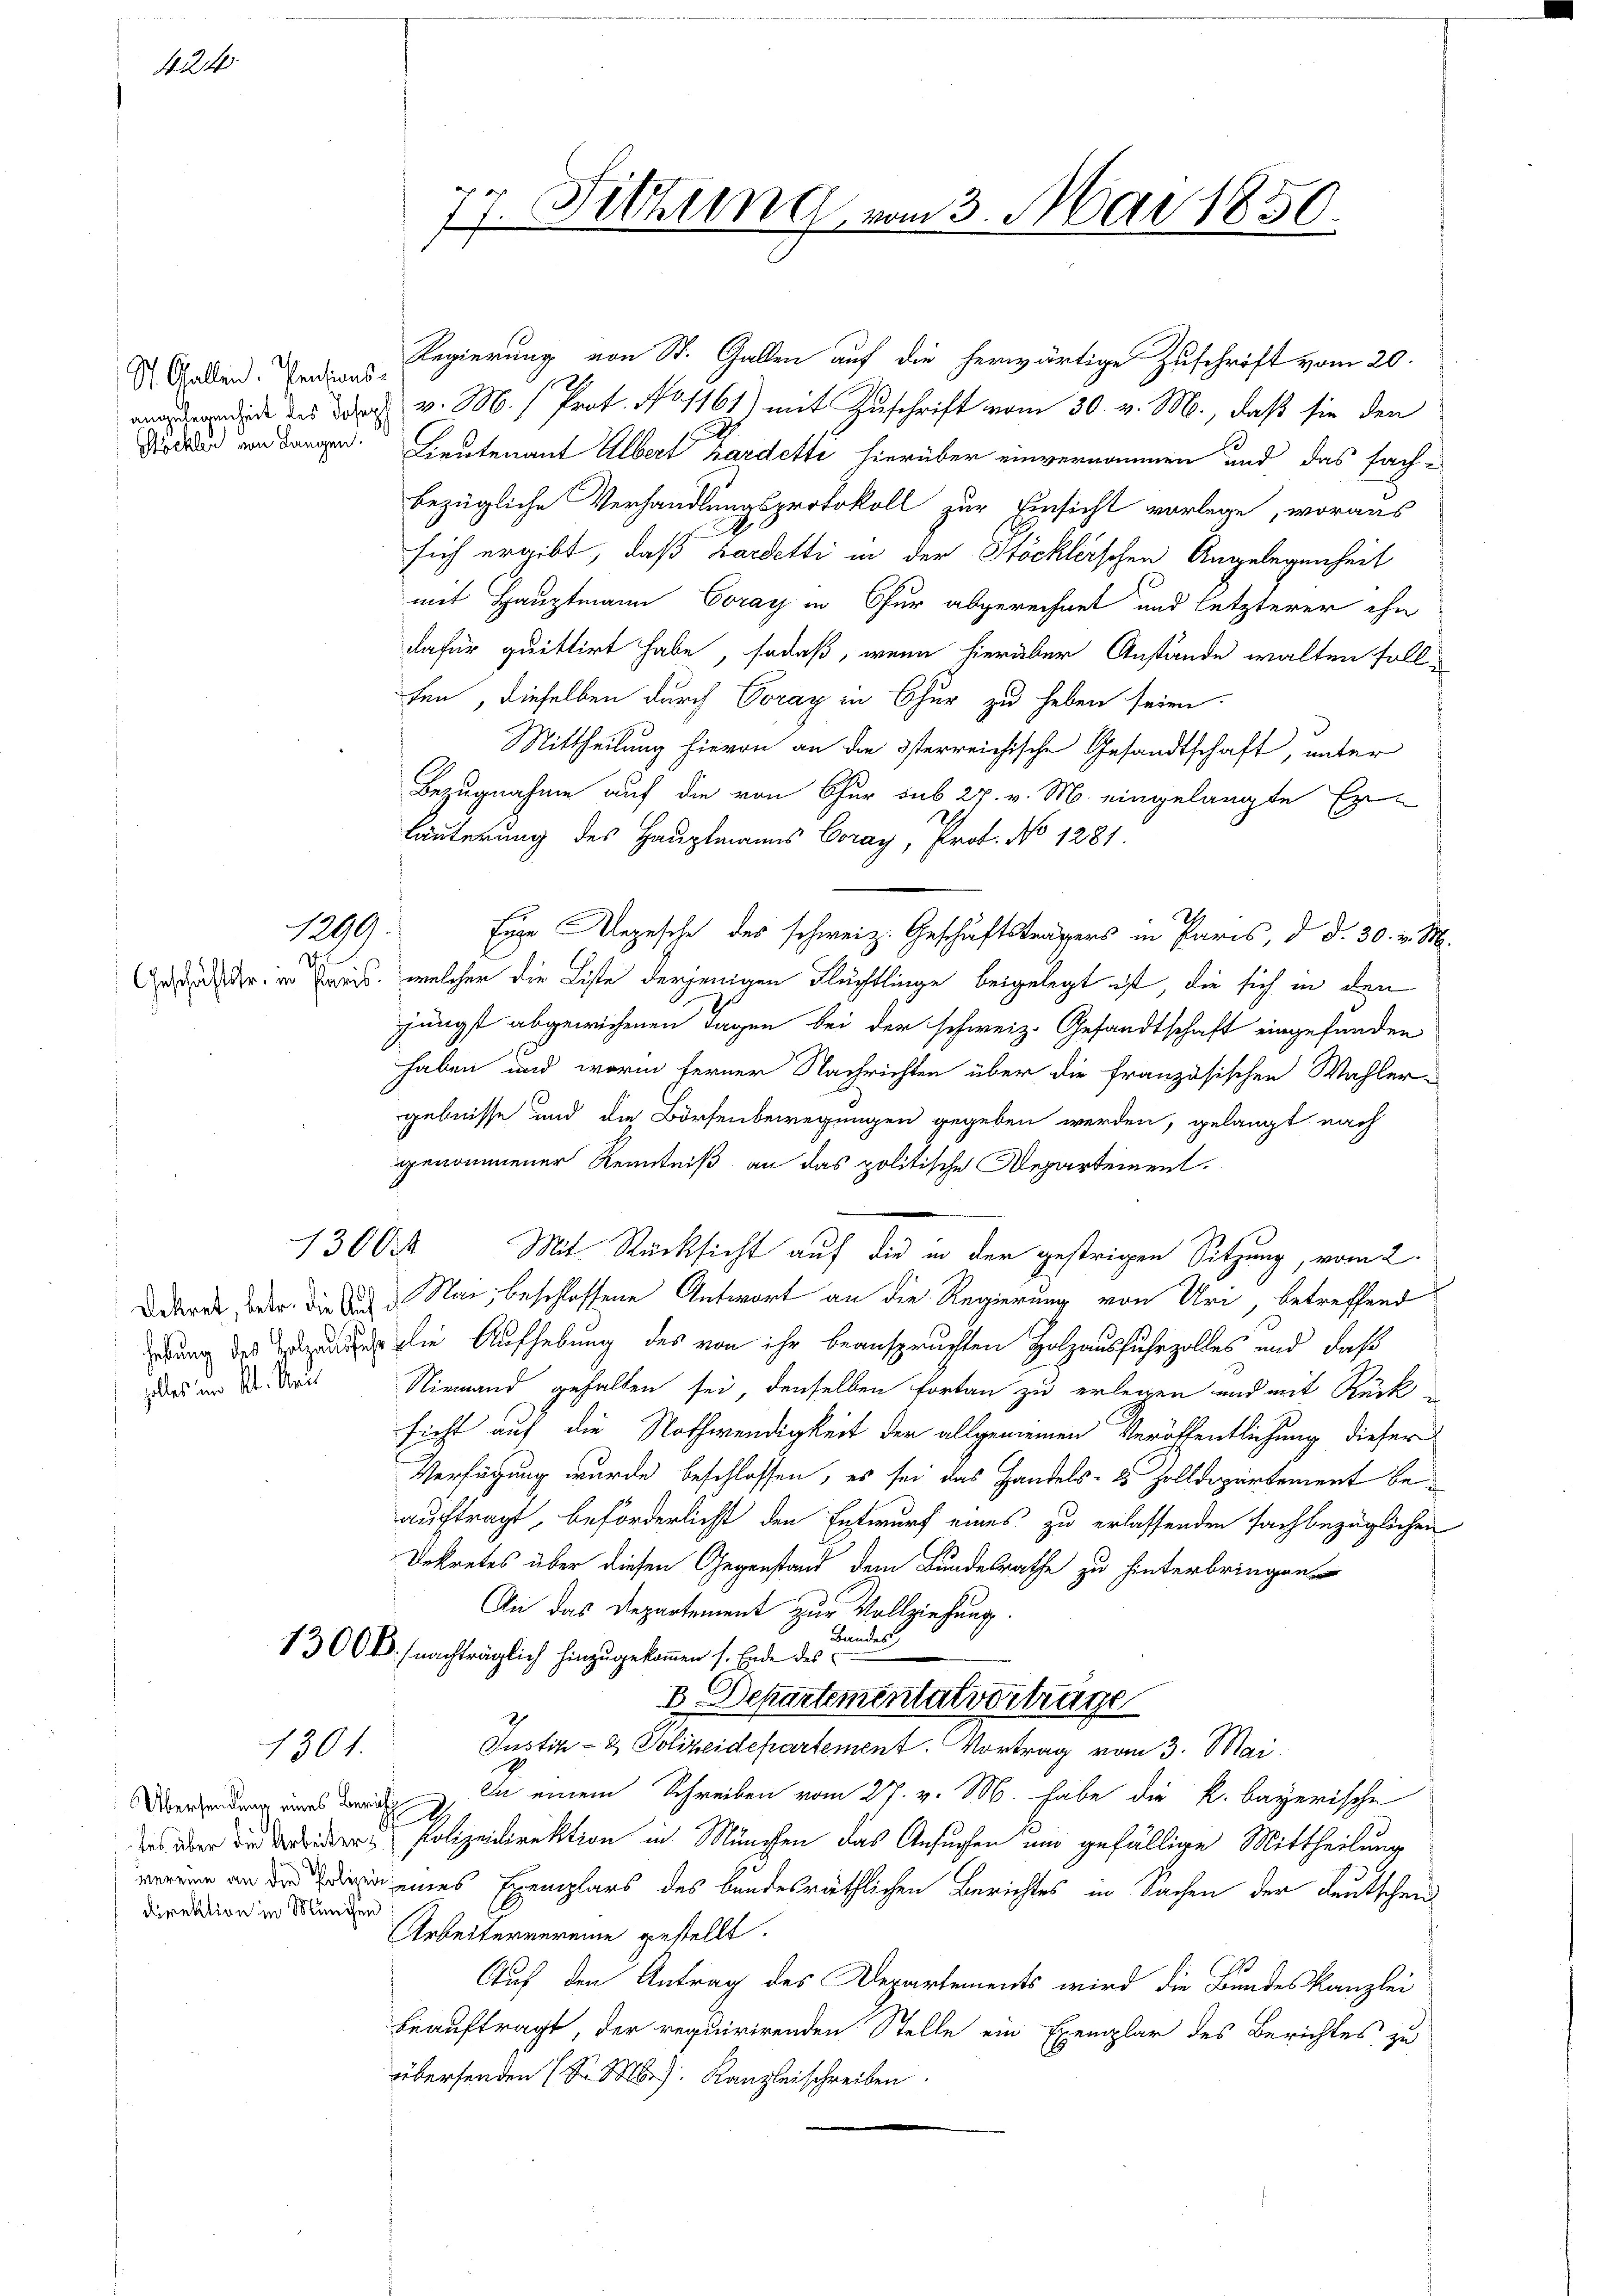
424.

St. Gallen. Prations-

1299:
D

zalles im Kt. Sei

1301.

Übersendung eines Bericht
Direktion in München

77. Sitzung vom 3. Mai 1850.

Regierung von St. Gallen auf die herwärtige Zuschrift vom 20.
aenden des doch v. M. Prot. No 1161) mit Zuschrift vom 30. v. M., daß sie den
 von dargen. Lieutenant Albert Kardette hierüber einvernommen und das fachbezügliche Verhandlungsprotokoll zur Einsicht vorlege, woraus
sich ergibt, daß Hardetti in der Stöcklerschen Angelegenheit
mit Hauptmann Coray in Chur abgerechnet und letzterer ihn
dafür quittirt habe, sodaß, wenn hierüber Anstände walten sollten, dieselben durch Voray in Chur zu heben seien.
Mittheilung hievon an die österreichische Gesandtschaft, unter
Bezugnahme auf die von Chur sub 27. v. M. eingelangte Er-
läuterung des Hauptmanns Coray, Prof. No 1281.
Eure Rezesche des schweiz. Geschäftsträgers in Paris, d. d. 30. v. M.
An der in Kreis, welcher die Liste derjenigen Flüchtlinge beigelegt ist, die sich in den
jüngst abgewichenen Tagen bei der schweiz. Gesandtschaft eingefunden
haben und worin ferner Nachrichten über die französischen Wahler-
gebnisse und die Börsenbewegungen gegeben werden, gelangt nach
genommener Kenntniß an das politische Departement.
1300
Mit Rücksicht auf die in der gestrigen Sitzung, vom 2.
Dekret der die siche Nach beschlossene Antwort an die Regierung von Uri, betreffend
edung des Zuzug die Aufhebung des von ihr beanspruchten Holzausfuhrzolles und daß
Niemand gehalten sei, denselben fortan zu erlegen und mit Rück
sicht auf die Nothwendigkeit der allgemeinen Veröffentlichung dieser
Verfügung wurde beschlossen, es sei das Handels- & Zolldepartement beauftragt, beförderlichst den Entwurf eines zu erlassenden sachbezüglichen
Dekretes über diesen Gegenstand dem Bundesrathe zu hinterbringen
An das Departement zur Vollziehung.
Bandes,
1360 k. nachträglich hinzugekommen s. Ende des
B. Departementatvertrage
Justiz- & Polizeidepartement. Vortrag vom 3. Mai.
In einem Schreiben vom 27. v. M. habe die k. bayerische
2
as er die der Polizeidirektion in München das Ansuchen und gefällige Mittheilung
 eines Exemplars des bandesräthlichen Berichtes in Sachen der Leutscheid
Arbeitervereine gestellt.
Auf den Antrag des Departements wird die Bundeskanzlei
beauftragt, der requirirenden Stelle ein Exemplar des Berichtes zu
übersenden Sr. M. Kanzleischreiben.